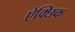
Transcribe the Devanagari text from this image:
ऐक्छिक